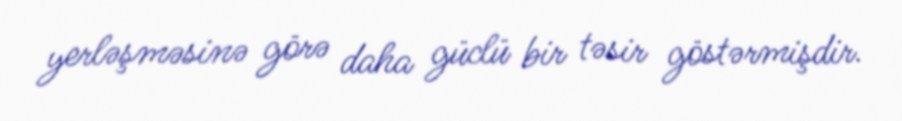
yerləşməsinə görə daha güclü bir təsir göstərmişdir.